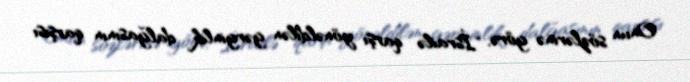
Onun sözlərinə görə, "İsrailə qarşı yönəldilən gərginlik dalğasının qarşısı